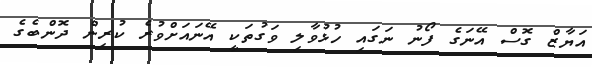
އަޔާޒް ގޮސް އޭނަގެ ފޯނު ނަގައި ހުޅުވާލި ވަގުތަކީ އޭނައަށްވުރެ ކުރިން ދޮންބެގެ